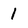
Character: 1